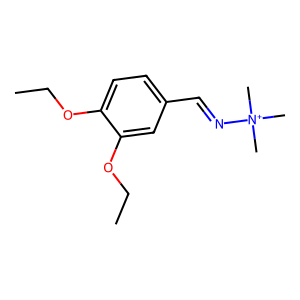
SMILES: CCOc1ccc(C=N[N+](C)(C)C)cc1OCC
Inhibits HIV replication: No